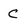
Character: c